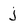
Character: j